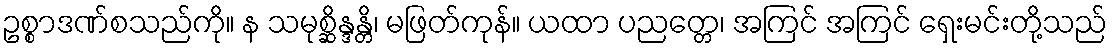
ဥစ္စာဒဏ်စသည်ကို။ န သမုစ္ဆိန္ဒန္တိ၊ မဖြတ်ကုန်။ ယထာ ပညတ္တေ၊ အကြင် အကြင် ရှေးမင်းတို့သည်